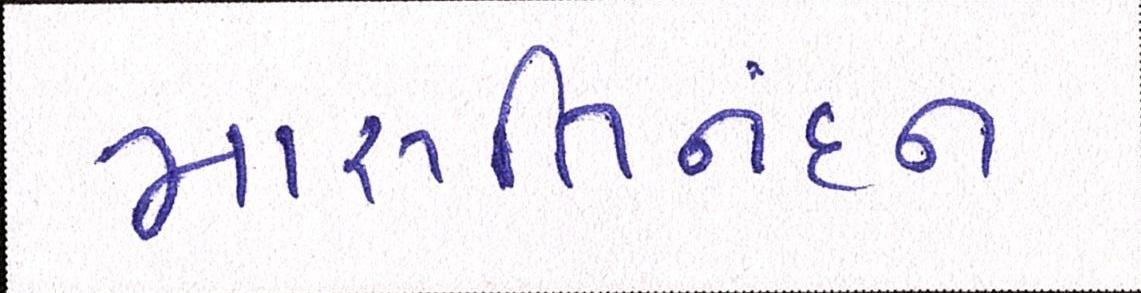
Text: મારૂતિનંદન